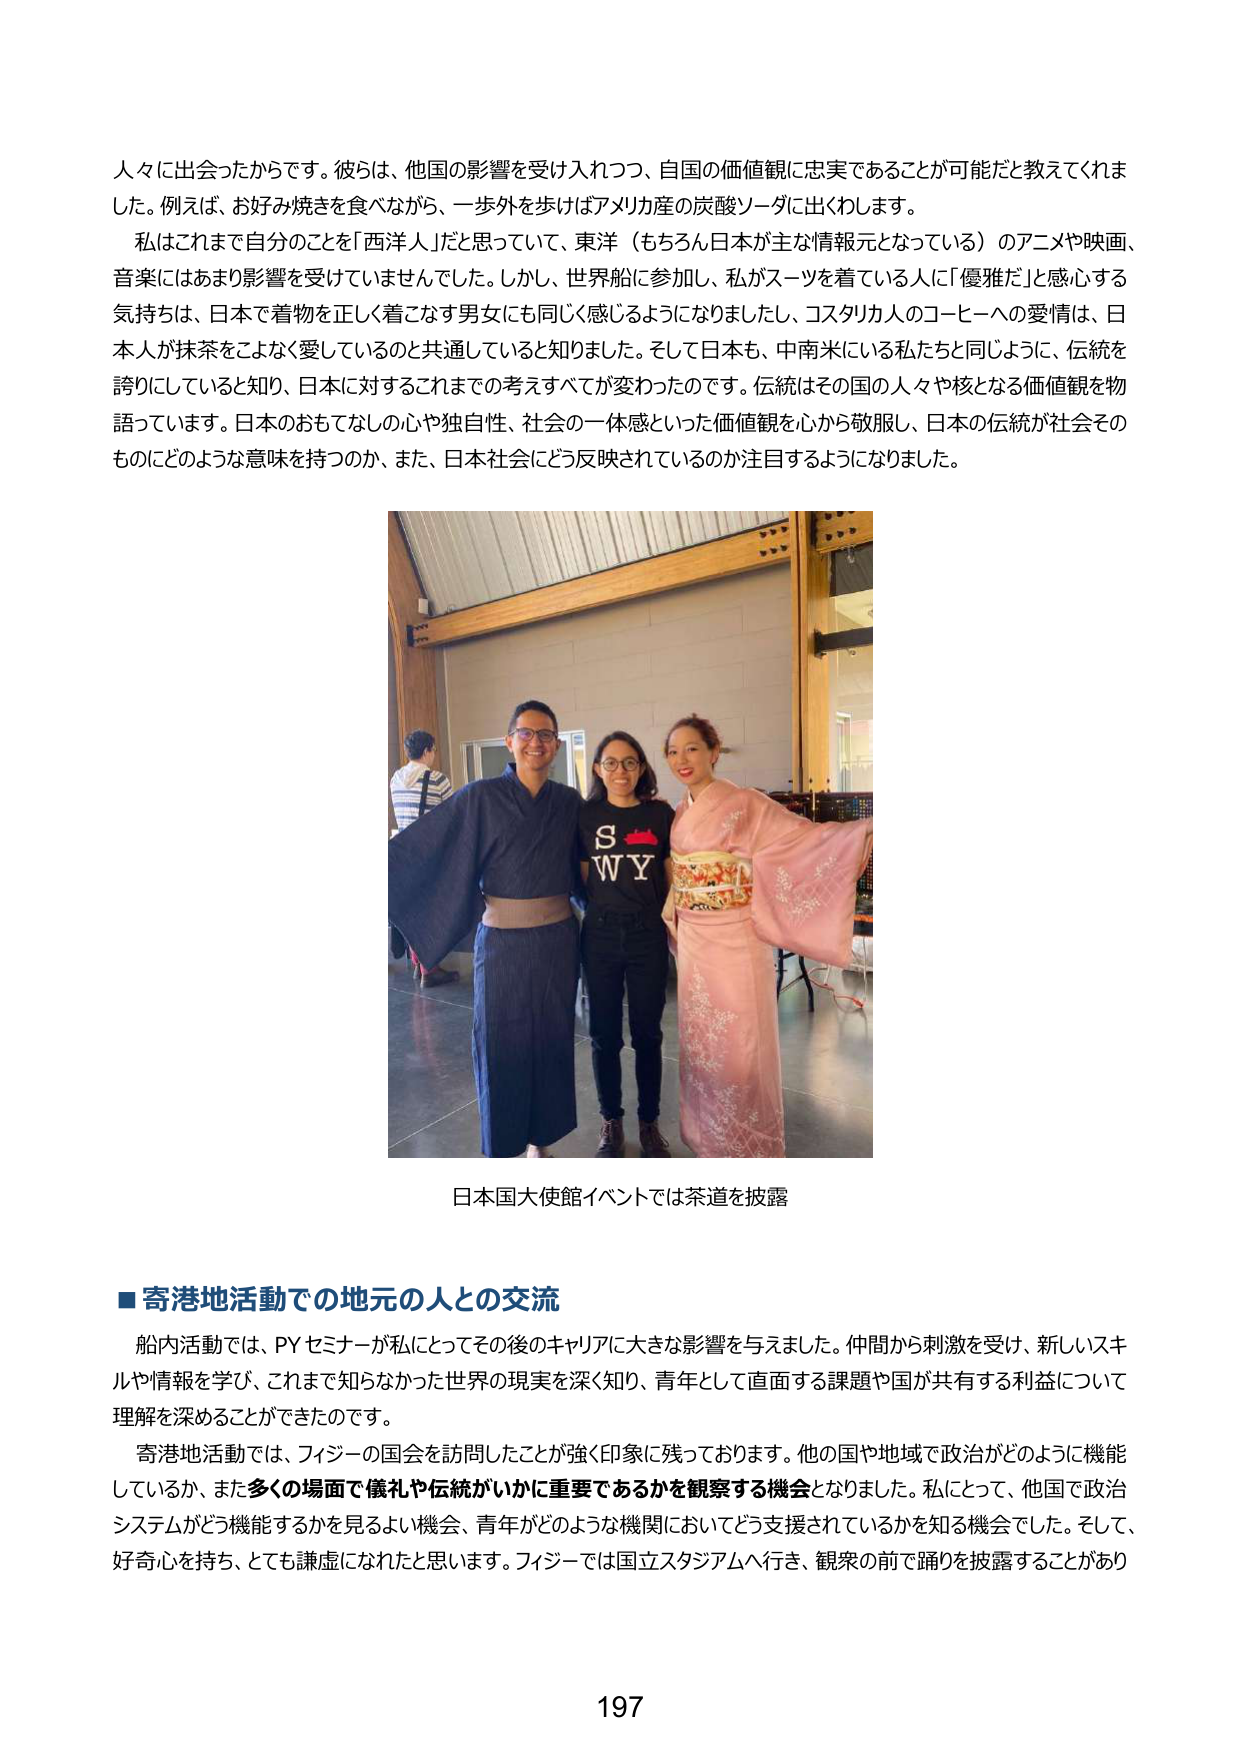
人々に出会ったからです。彼らは、他国の影響を受け入れつつ、自国の価値観に忠実であることが可能だと教えてくれました。例えば、お好み焼きを食べながら、一歩外を歩けばアメリカ産の炭酸ソーダに出くわします。

私はこれまで自分のことを「西洋人」だと思っていて、東洋（もちろん日本が主な情報元となっている）のアニメや映画、音楽にはあまり影響を受けていませんでした。しかし、世界船に参加し、私がスーツを着ている人に「優雅だ」と感心する気持ちは、日本で着物を正しく着こなす男女にも同じく感じるようになりましたし、コスタリカ人のコーヒーへの愛情は、日本人が抹茶をこよなく愛しているのと共通していると知りました。そして日本も、中南米にいる私たちと同じように、伝統を誇りにしていると知り、日本に対するこれまでの考えすべてが変わったのです。伝統はその国の人々や核となる価値観を物語っています。日本のおもてなしの心や独自性、社会の一体感といった価値観を心から敬服し、日本の伝統が社会そのものにどのような意味を持つのか、また、日本社会にどう反映されているのか注目するようになりました。

日本国大使館イベントでは茶道を披露

■寄港地活動での地元の人との交流

船内活動では、PYセミナーが私にとってその後のキャリアに大きな影響を与えました。仲間から刺激を受け、新しいスキルや情報を学び、これまで知らなかった世界の現実を深く知り、青年として直面する課題や国が共有する利益について理解を深めることができたのです。

寄港地活動では、フィジーの国会を訪問したことが強く印象に残っております。他の国や地域で政治がどのように機能しているか、また多くの場面で儀礼や伝統がいかに重要であるかを観察する機会となりました。私にとって、他国で政治システムがどう機能するかを見るよい機会、青年がどのような機関においてどう支援されているかを知る機会でした。そして、好奇心を持ち、とても謙虚になれたと思います。フィジーでは国立スタジアムへ行き、観衆の前で踊りを披露することがあり

197